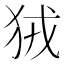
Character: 狨